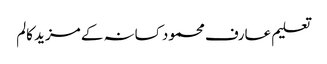
تعلیم عارف محمود کسانہ کے مزید کالم